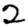
Digit: 2